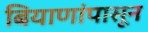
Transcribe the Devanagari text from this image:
बियाणांपासून